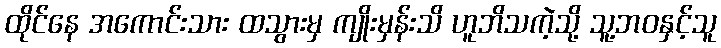
ထိုင်နေ အကောင်းသား ထသွားမှ ကျိုးမှန်းသိ ဟူဘိသကဲ့သို့ သူ့ဘဝနှင့်သူ